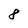
Character: 8